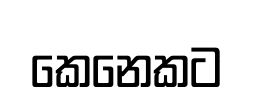
කෙනෙකට